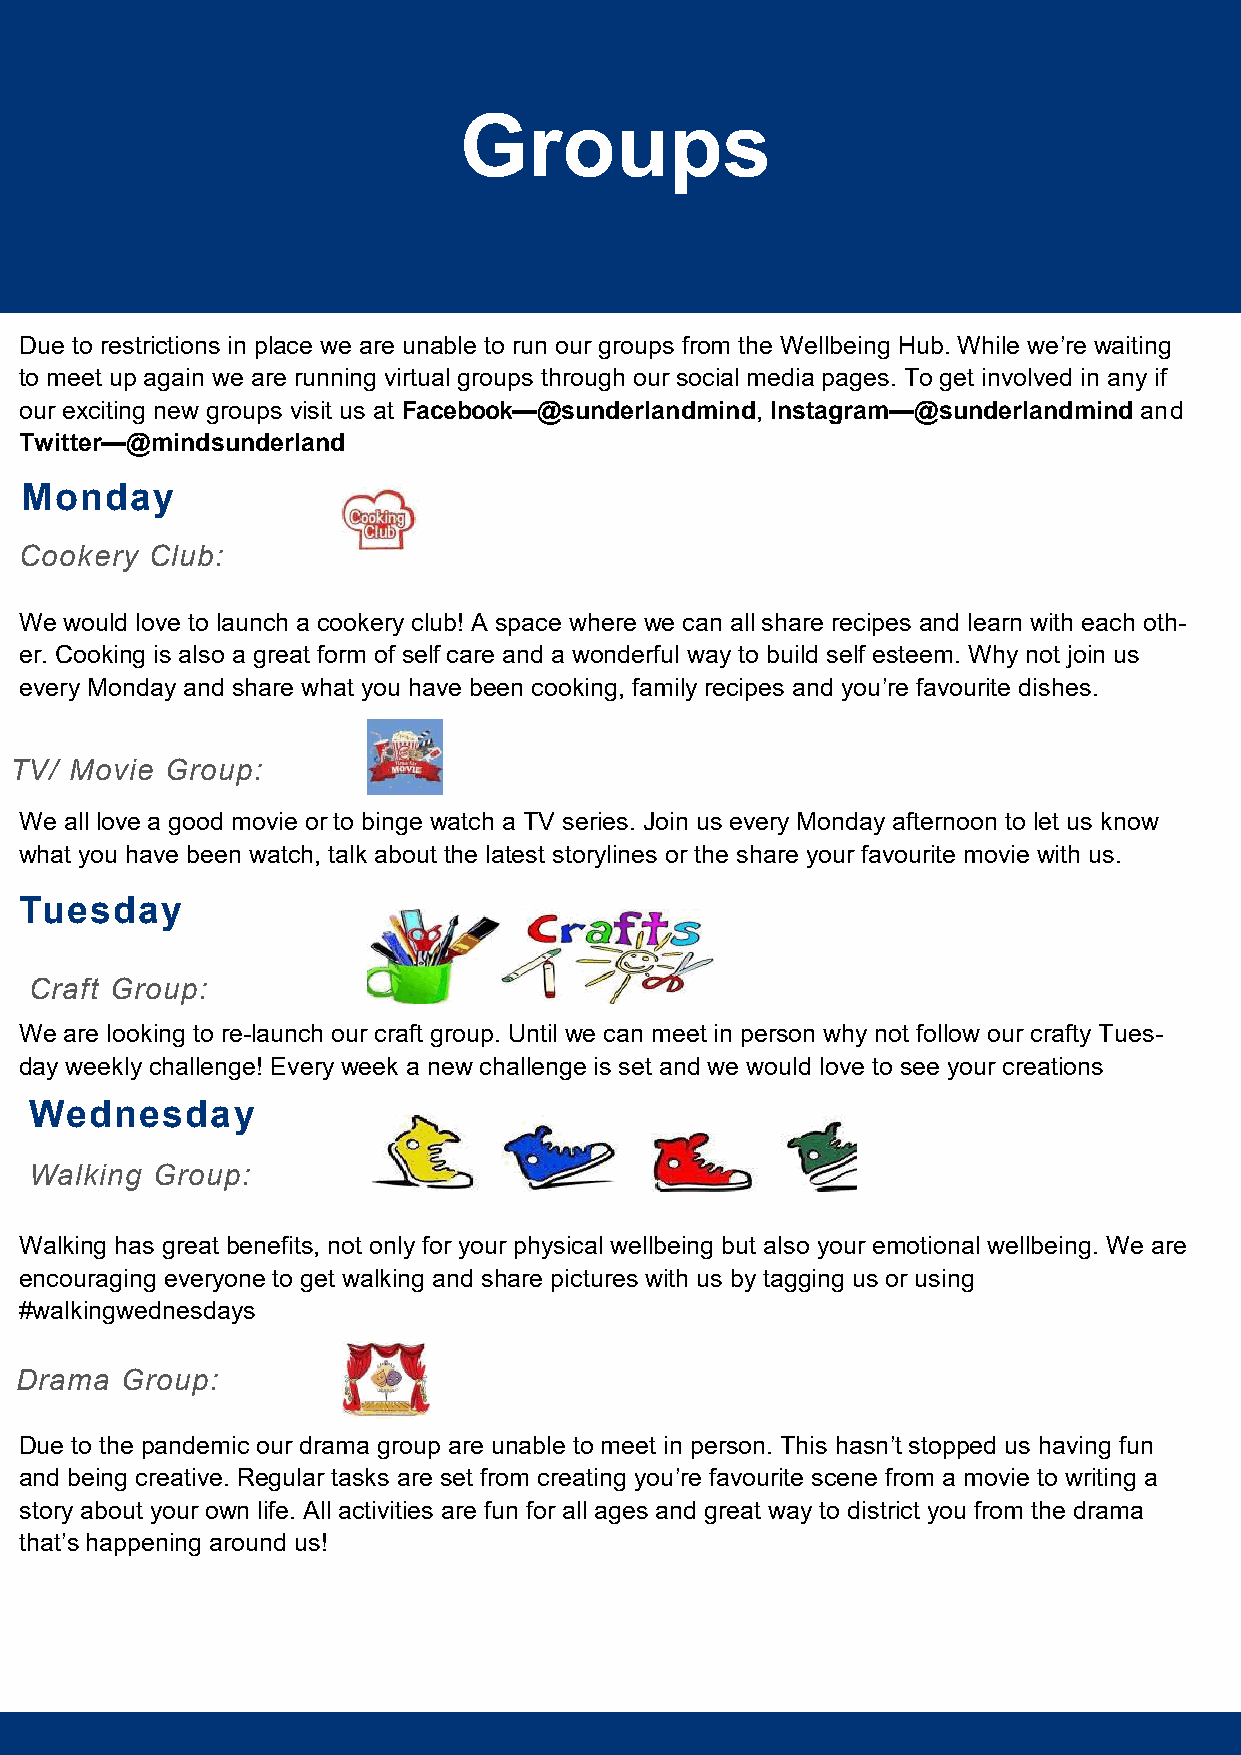
Groups
 Due to restrictions in place we are unable to run our groups from the Wellbeing Hub. While we’re waiting
 to meet up again we are running virtual groups through our social media pages. To get involved in any if
 our exciting new groups visit us at Facebook—@sunderlandmind, Instagram—@sunderlandmind and
 Twitter—@mindsunderland
 Monday
 Cookery  Club:
 We would love to launch a cookery club! A space where we can all share recipes and learn with each oth-
 er. Cooking is also a great form of self care and a wonderful way to build self esteem. Why not join us
 every Monday and share what you have been cooking, family recipes and you’re favourite dishes.
 TV/ Movie Group:
 We all love a good movie or to binge watch a TV series. Join us every Monday afternoon to let us know
 what you have been watch, talk about the latest storylines or the share your favourite movie with us.
 Tuesday
 Craft Group:
 We are looking to re-launch our craft group. Until we can meet in person why not follow our crafty Tues-
 day weekly challenge! Every week a new challenge is set and we would love to see your creations
 Wednesday
 Walking Group:
 Walking has great benefits, not only for your physical wellbeing but also your emotional wellbeing. We are
 encouraging everyone to get walking and share pictures with us by tagging us or using
 #walkingwednesdays
 Drama  Group:
 Due to the pandemic our drama group are unable to meet in person. This hasn’t stopped us having fun
 and being creative. Regular tasks are set from creating you’re favourite scene from a movie to writing a
 story about your own life. All activities are fun for all ages and great way to district you from the drama
 that’s happening around us!